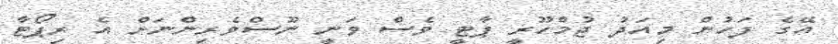
އޭގެ ފަހުން މިއަދު ޖުމްހޫރީ ޕާޓީ ވެސް ވަނީ ނޫސްވެރިންނަށް އެ ރިޕޯޓާ